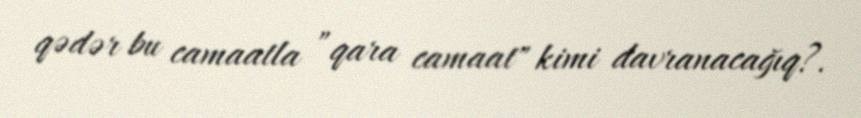
qədər bu camaatla ”qara camaat" kimi davranacağıq?.